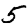
Digit: 5